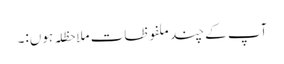
آپ کے چند ملفوظات ملاحظلہ ہوں:۔